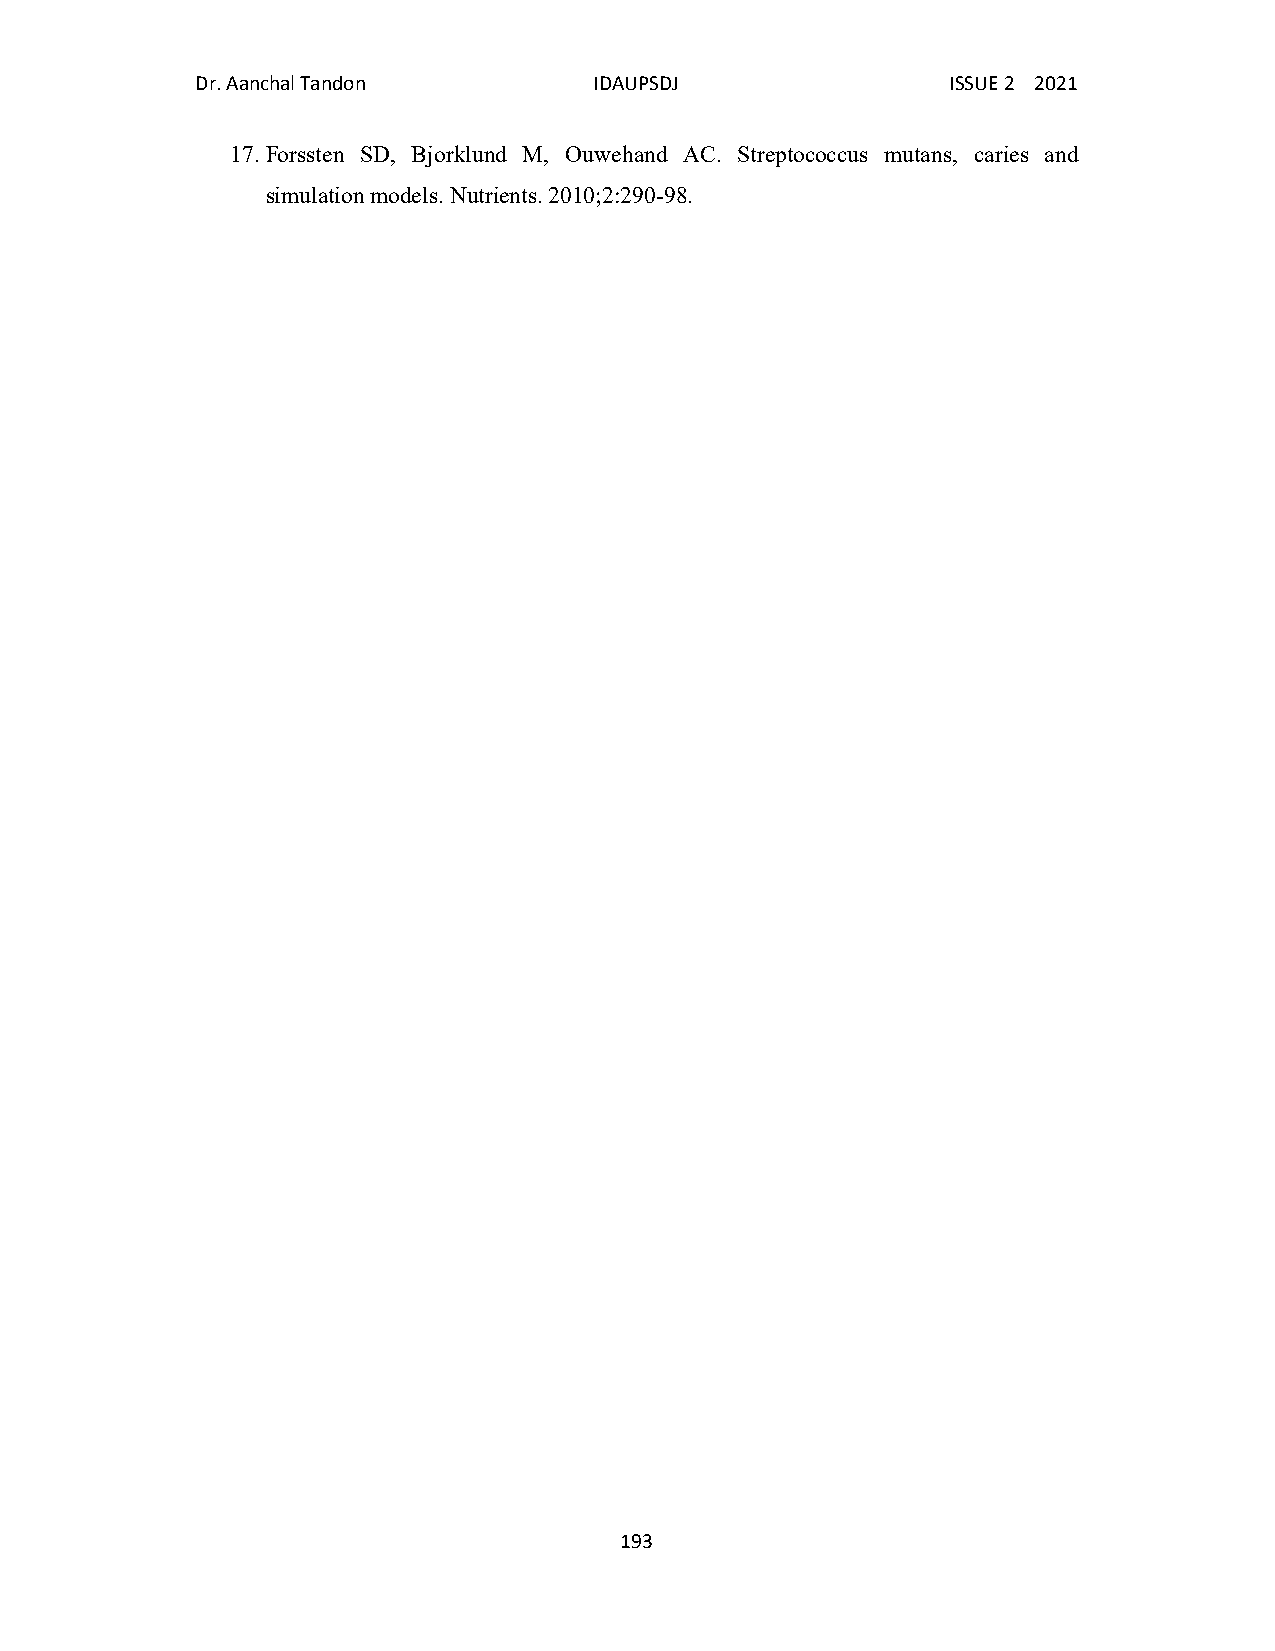
Dr. Aanchal Tandon        IDAUPSDJ                ISSUE 2 2021
 17. Forssten SD, Bjorklund M, Ouwehand AC. Streptococcus mutans, caries and
 simulation models. Nutrients. 2010;2:290-98.
 193